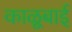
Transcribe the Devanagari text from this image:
काळूबाई